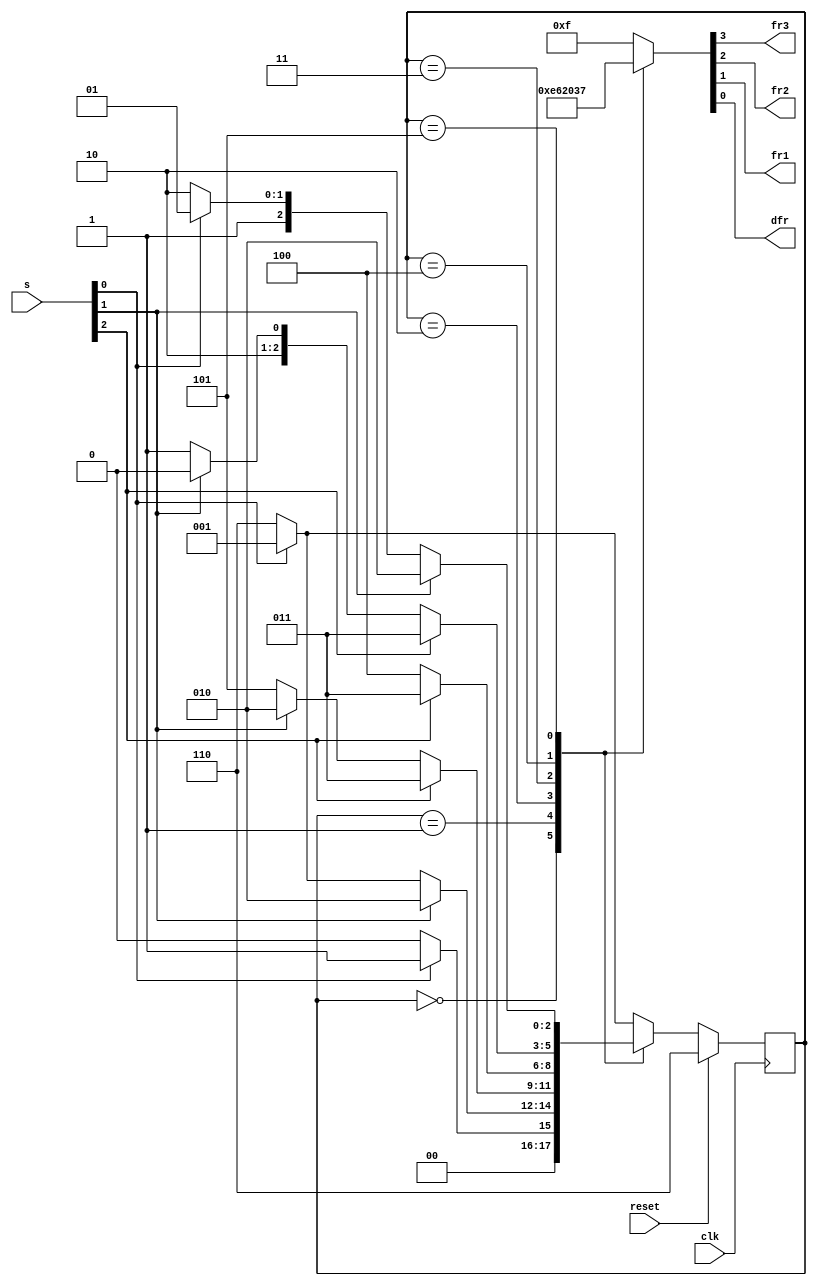
module top_module (
    input clk,
    input reset,
    input [3:1] s,
    output reg fr3,
    output reg fr2,
    output reg fr1,
    output reg dfr
); 
// seems like i have 1 more state than the solution provided from the website, 
// but this is due to my misunderstanding of the intention of the problem
// i think some other people would have experienced fail even though they were confident of their code
    parameter s0 = 0, s1 = 1,s2=2,s3=3,s4=4,s5=5,s6=6;
    reg [2:0] state, next;

    always @(*) begin
        case(state)
            s0 : next = s[1] ? s1 : s0;
            s1 : next = s[2] ? s2 : (s[1] ? s1 : s6);
            s2 : next = s[3] ? s3 : (s[2] ? s2 : s5);
            s3 : next = s[3] ? s3 : s4;
            s4 : next = s[3] ? s3 : (s[2] ? s4 : s5);
            s5 : next = s[2] ? s2 : (s[1] ? s5 : s6);
            default : next = s[1] ? s1 : s6;
        endcase
    end
    always @(posedge clk) begin
        if (reset) state <= s6;
        else state <= next;
    end
    always @(*) begin
        case(state)
            s0 : {fr3, fr2, fr1, dfr} = 4'b1110;
            s1 : {fr3, fr2, fr1, dfr} = 4'b0110;
            s2 : {fr3, fr2, fr1, dfr} = 4'b0010;
            s3 : {fr3, fr2, fr1, dfr} = 4'b0000;
            s4 : {fr3, fr2, fr1, dfr} = 4'b0011;
            s5 : {fr3, fr2, fr1, dfr} = 4'b0111;
            default : {fr3, fr2, fr1, dfr} = 4'b1111;
        endcase
    end
endmodule